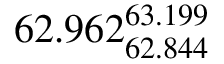
6 2 . 9 6 2 _ { 6 2 . 8 4 4 } ^ { 6 3 . 1 9 9 }